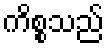
ကိစ္စသည်